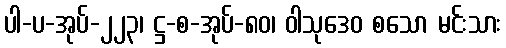
ပါ-ပ-အုပ်-၂၂၃၊ ဋ္ဌ-စ-အုပ်-၈၀၊ ဝါသုဒေဝ စသော မင်းသား